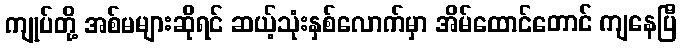
ကျုပ်တို့ အစ်မများဆိုရင် ဆယ့်သုံးနှစ်လောက်မှာ အိမ်ထောင်တောင် ကျနေပြီ